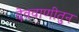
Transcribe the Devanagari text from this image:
देववाणीतुन